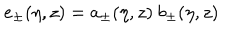
e _ { \pm } ( \eta , z ) = a _ { \pm } ( \eta , z ) ~ b _ { \pm } ( \eta , z )